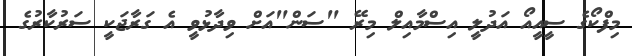
މިފްކޯގެ ސީއީއޯ އަދުލީ އިސްމާއިލް މިރޭ "ސަން"އަށް ވިދާޅުވީ އެ ގަރާޖަކީ ސަރުކާރުގެ